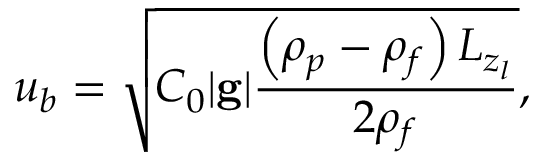
u _ { b } = \sqrt { C _ { 0 } | \mathbf { g } | \frac { \left( \rho _ { p } - \rho _ { f } \right) L _ { z _ { l } } } { 2 \rho _ { f } } } ,